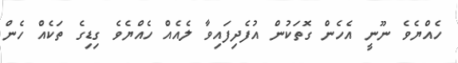
ހެއްޔެވެ ނޫނީ އެހެން ގޮތަކުން އުފެދިފައިވާ ލެއެއް ހެއްޔެވެ ގިޑިގެ ތަކެއް ހެން